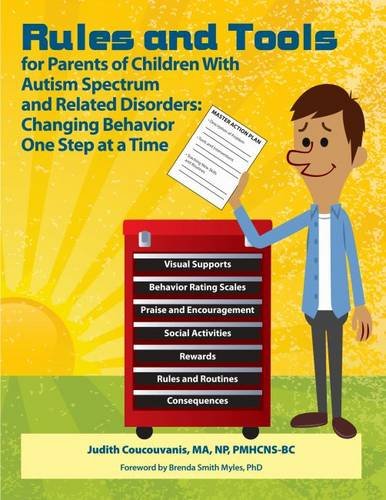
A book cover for Rules and Tools for Parenting Children With Autism Spectrum and Related Disorders: Changing Behavior One Step at a Time; Judith Coucouvanis; Travel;